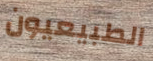
الطبيعيون